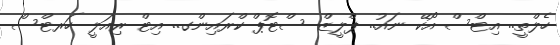
ހެލްތީ.. އިޓްސް އޯކޭ ނައު.. ޕްލީޒް ސްޓޮޕް ކްރައިންގ.. އިޓް ރިއަލީ ހަރޓްސް